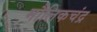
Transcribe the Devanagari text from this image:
मौलिकचंद्र